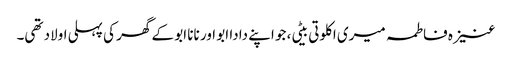
عنیزہ فاطمہ میری اکلوتی بیٹی، جو اپنے دادا ابو اور نانا ابو کے گھر کی پہلی اولاد تھی۔